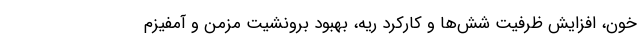
خون، افزایش ظرفیت شش‌ها و کارکرد ریه، بهبود برونشیت مزمن و آمفیزم